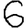
Digit: 6